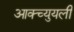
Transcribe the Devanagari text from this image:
आक्च्युयली